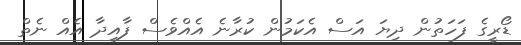
ޑޯރީގެ ފަހަތުން ދިޔަ އަސް އެކަމުން ކުރާނެ އެއްވެސް ފާއިދާ އެއް ނެތް